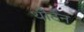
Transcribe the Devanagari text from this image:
थौर्टन